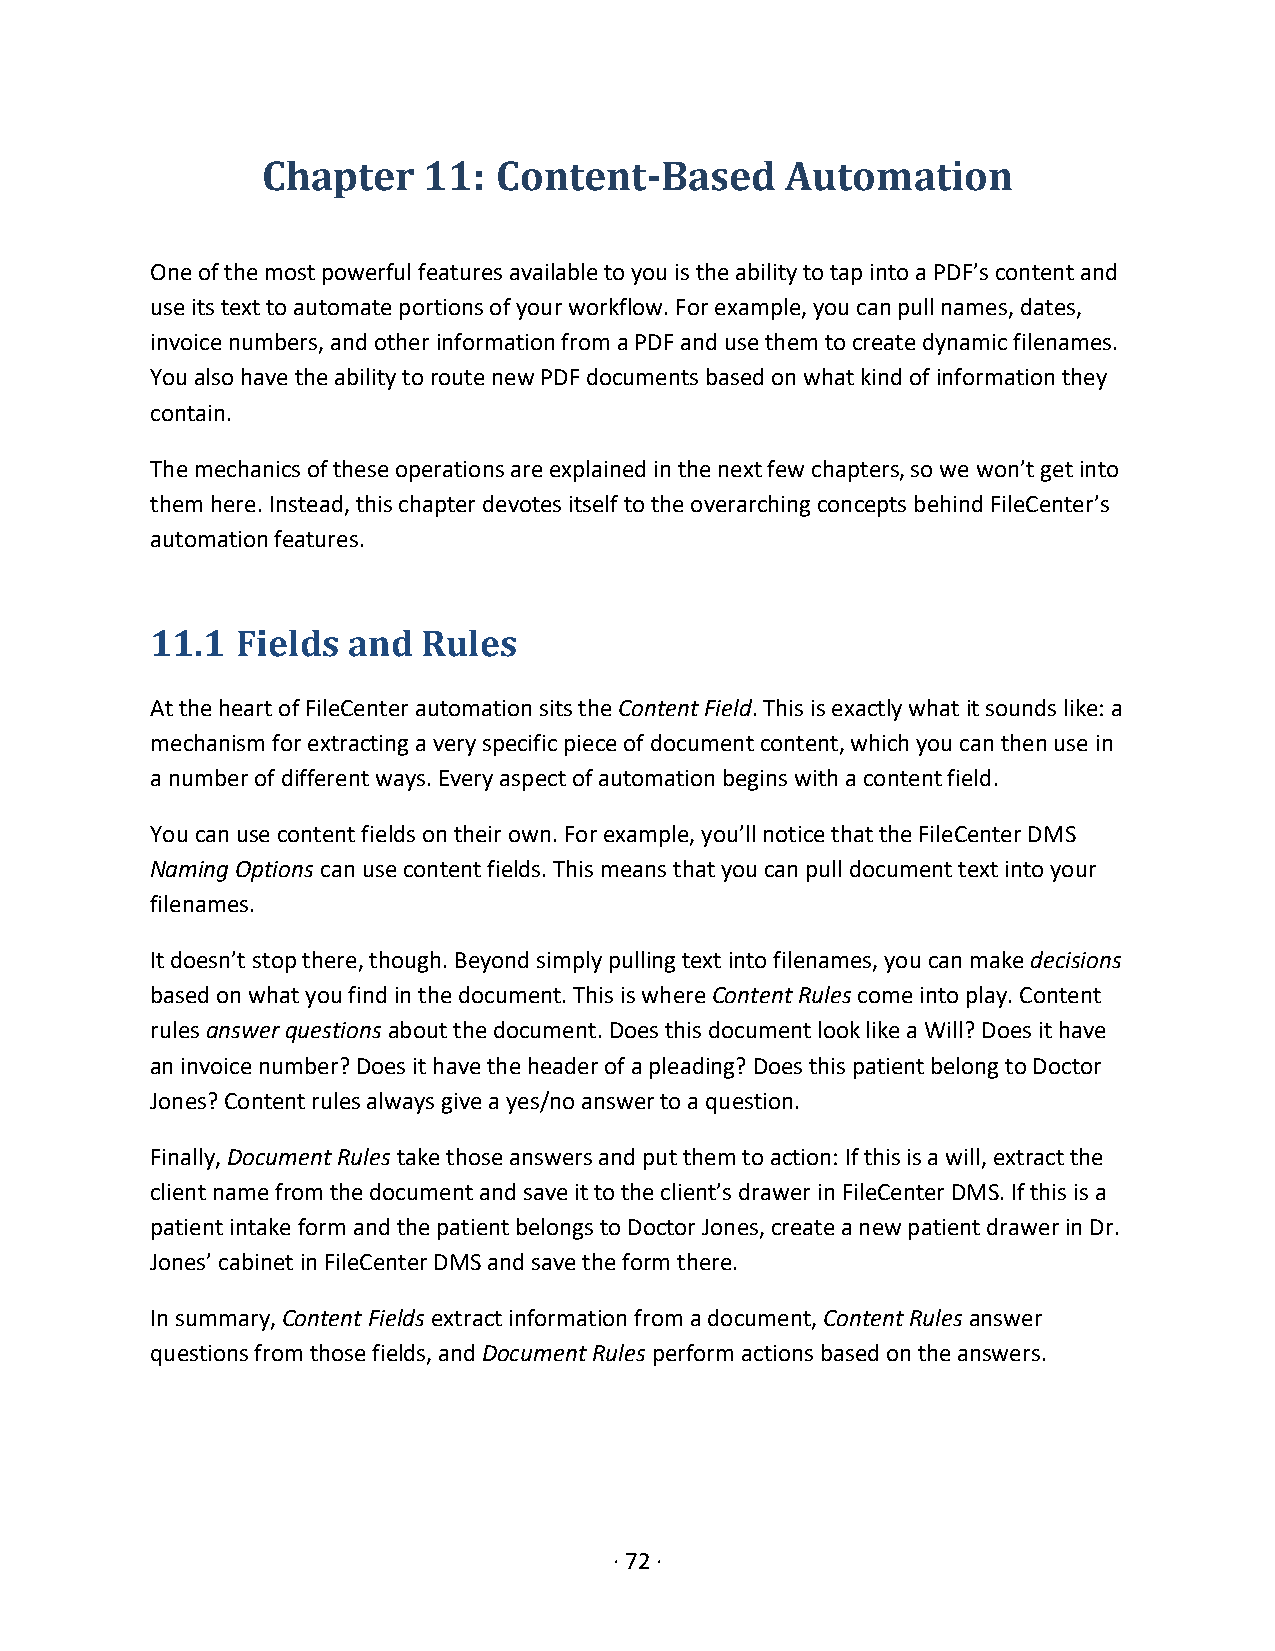
Chapter    11:  Content-Based      Automation
 One of the most powerful features available to you is the ability to tap into a PDF’s content and
 use its text to automate portions of your workflow. For example, you can pull names, dates,
 invoice numbers, and other information from a PDF and use them to create dynamic filenames.
 You also have the ability to route new PDF documents based on what kind of information they
 contain.
 The mechanics of these operations are explained in the next few chapters, so we won’t get into
 them here. Instead, this chapter devotes itself to the overarching concepts behind FileCenter’s
 automation features.
 11.1  Fields and  Rules
 At the heart of FileCenter automation sits the Content Field. This is exactly what it sounds like: a
 mechanism for extracting a very specific piece of document content, which you can then use in
 a number of different ways. Every aspect of automation begins with a content field.
 You can use content fields on their own. For example, you’ll notice that the FileCenter DMS
 Naming Options can use content fields. This means that you can pull document text into your
 filenames.
 It doesn’t stop there, though. Beyond simply pulling text into filenames, you can make decisions
 based on what you find in the document. This is where Content Rules come into play. Content
 rules answer questions about the document. Does this document look like a Will? Does it have
 an invoice number? Does it have the header of a pleading? Does this patient belong to Doctor
 Jones? Content rules always give a yes/no answer to a question.
 Finally, Document Rules take those answers and put them to action: If this is a will, extract the
 client name from the document and save it to the client’s drawer in FileCenter DMS. If this is a
 patient intake form and the patient belongs to Doctor Jones, create a new patient drawer in Dr.
 Jones’ cabinet in FileCenter DMS and save the form there.
 In summary, Content Fields extract information from a document, Content Rules answer
 questions from those fields, and Document Rules perform actions based on the answers.
 · 72 ·